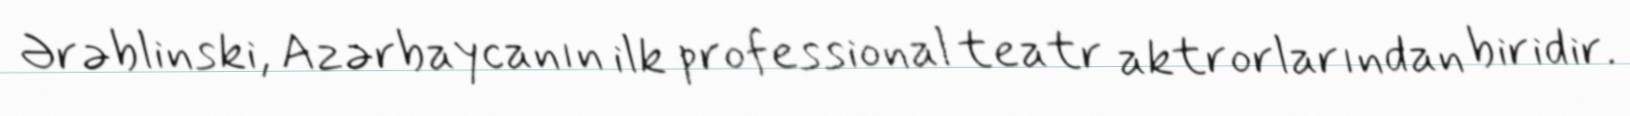
Ərəblinski, Azərbaycanın ilk professional teatr aktrorlarından biridir.